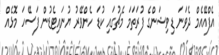
އެފްއޭއެމް ދެވަނަ ޑިވިޝަންގެ ފުރަތަމަ މެޗުގައި ކުޑަ ހެންވޭރު ޔުނައިޓެޑުން ފަސޭހަ މޮޅެއް